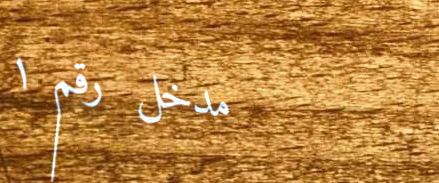
مدخل رقم ١